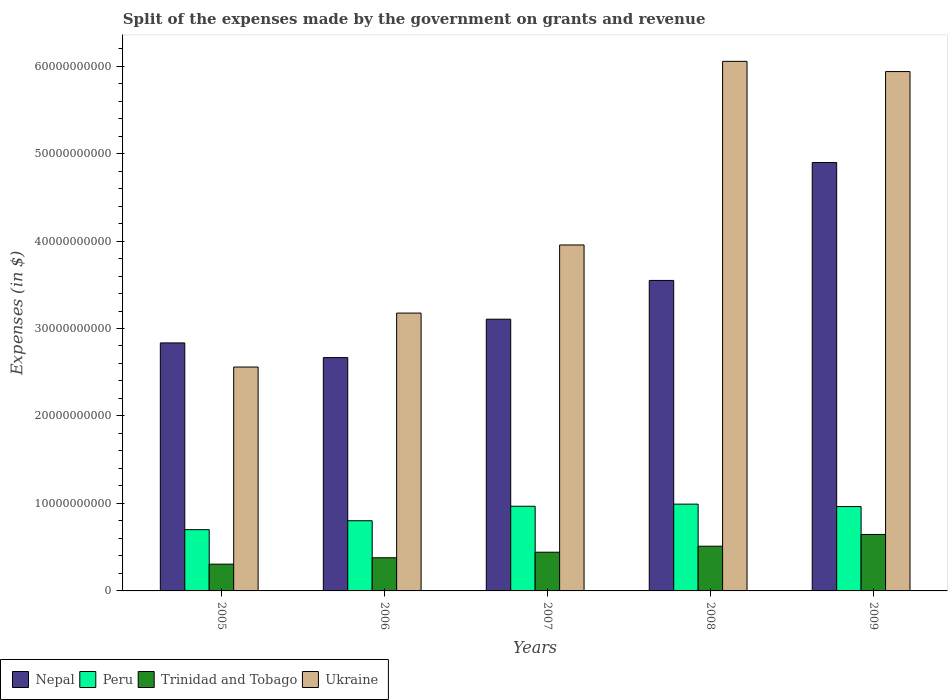
| Years | Nepal | Peru | Trinidad and Tobago | Ukraine |
 | --- | --- | --- | --- | --- |
 | 2005 | 2.84e+10 | 7e+09 | 3.06e+09 | 2.56e+10 |
 | 2006 | 2.67e+10 | 8.02e+09 | 3.79e+09 | 3.18e+10 |
 | 2007 | 3.11e+10 | 9.68e+09 | 4.42e+09 | 3.95e+10 |
 | 2008 | 3.55e+10 | 9.92e+09 | 5.11e+09 | 6.05e+10 |
 | 2009 | 4.9e+10 | 9.64e+09 | 6.45e+09 | 5.94e+10 |